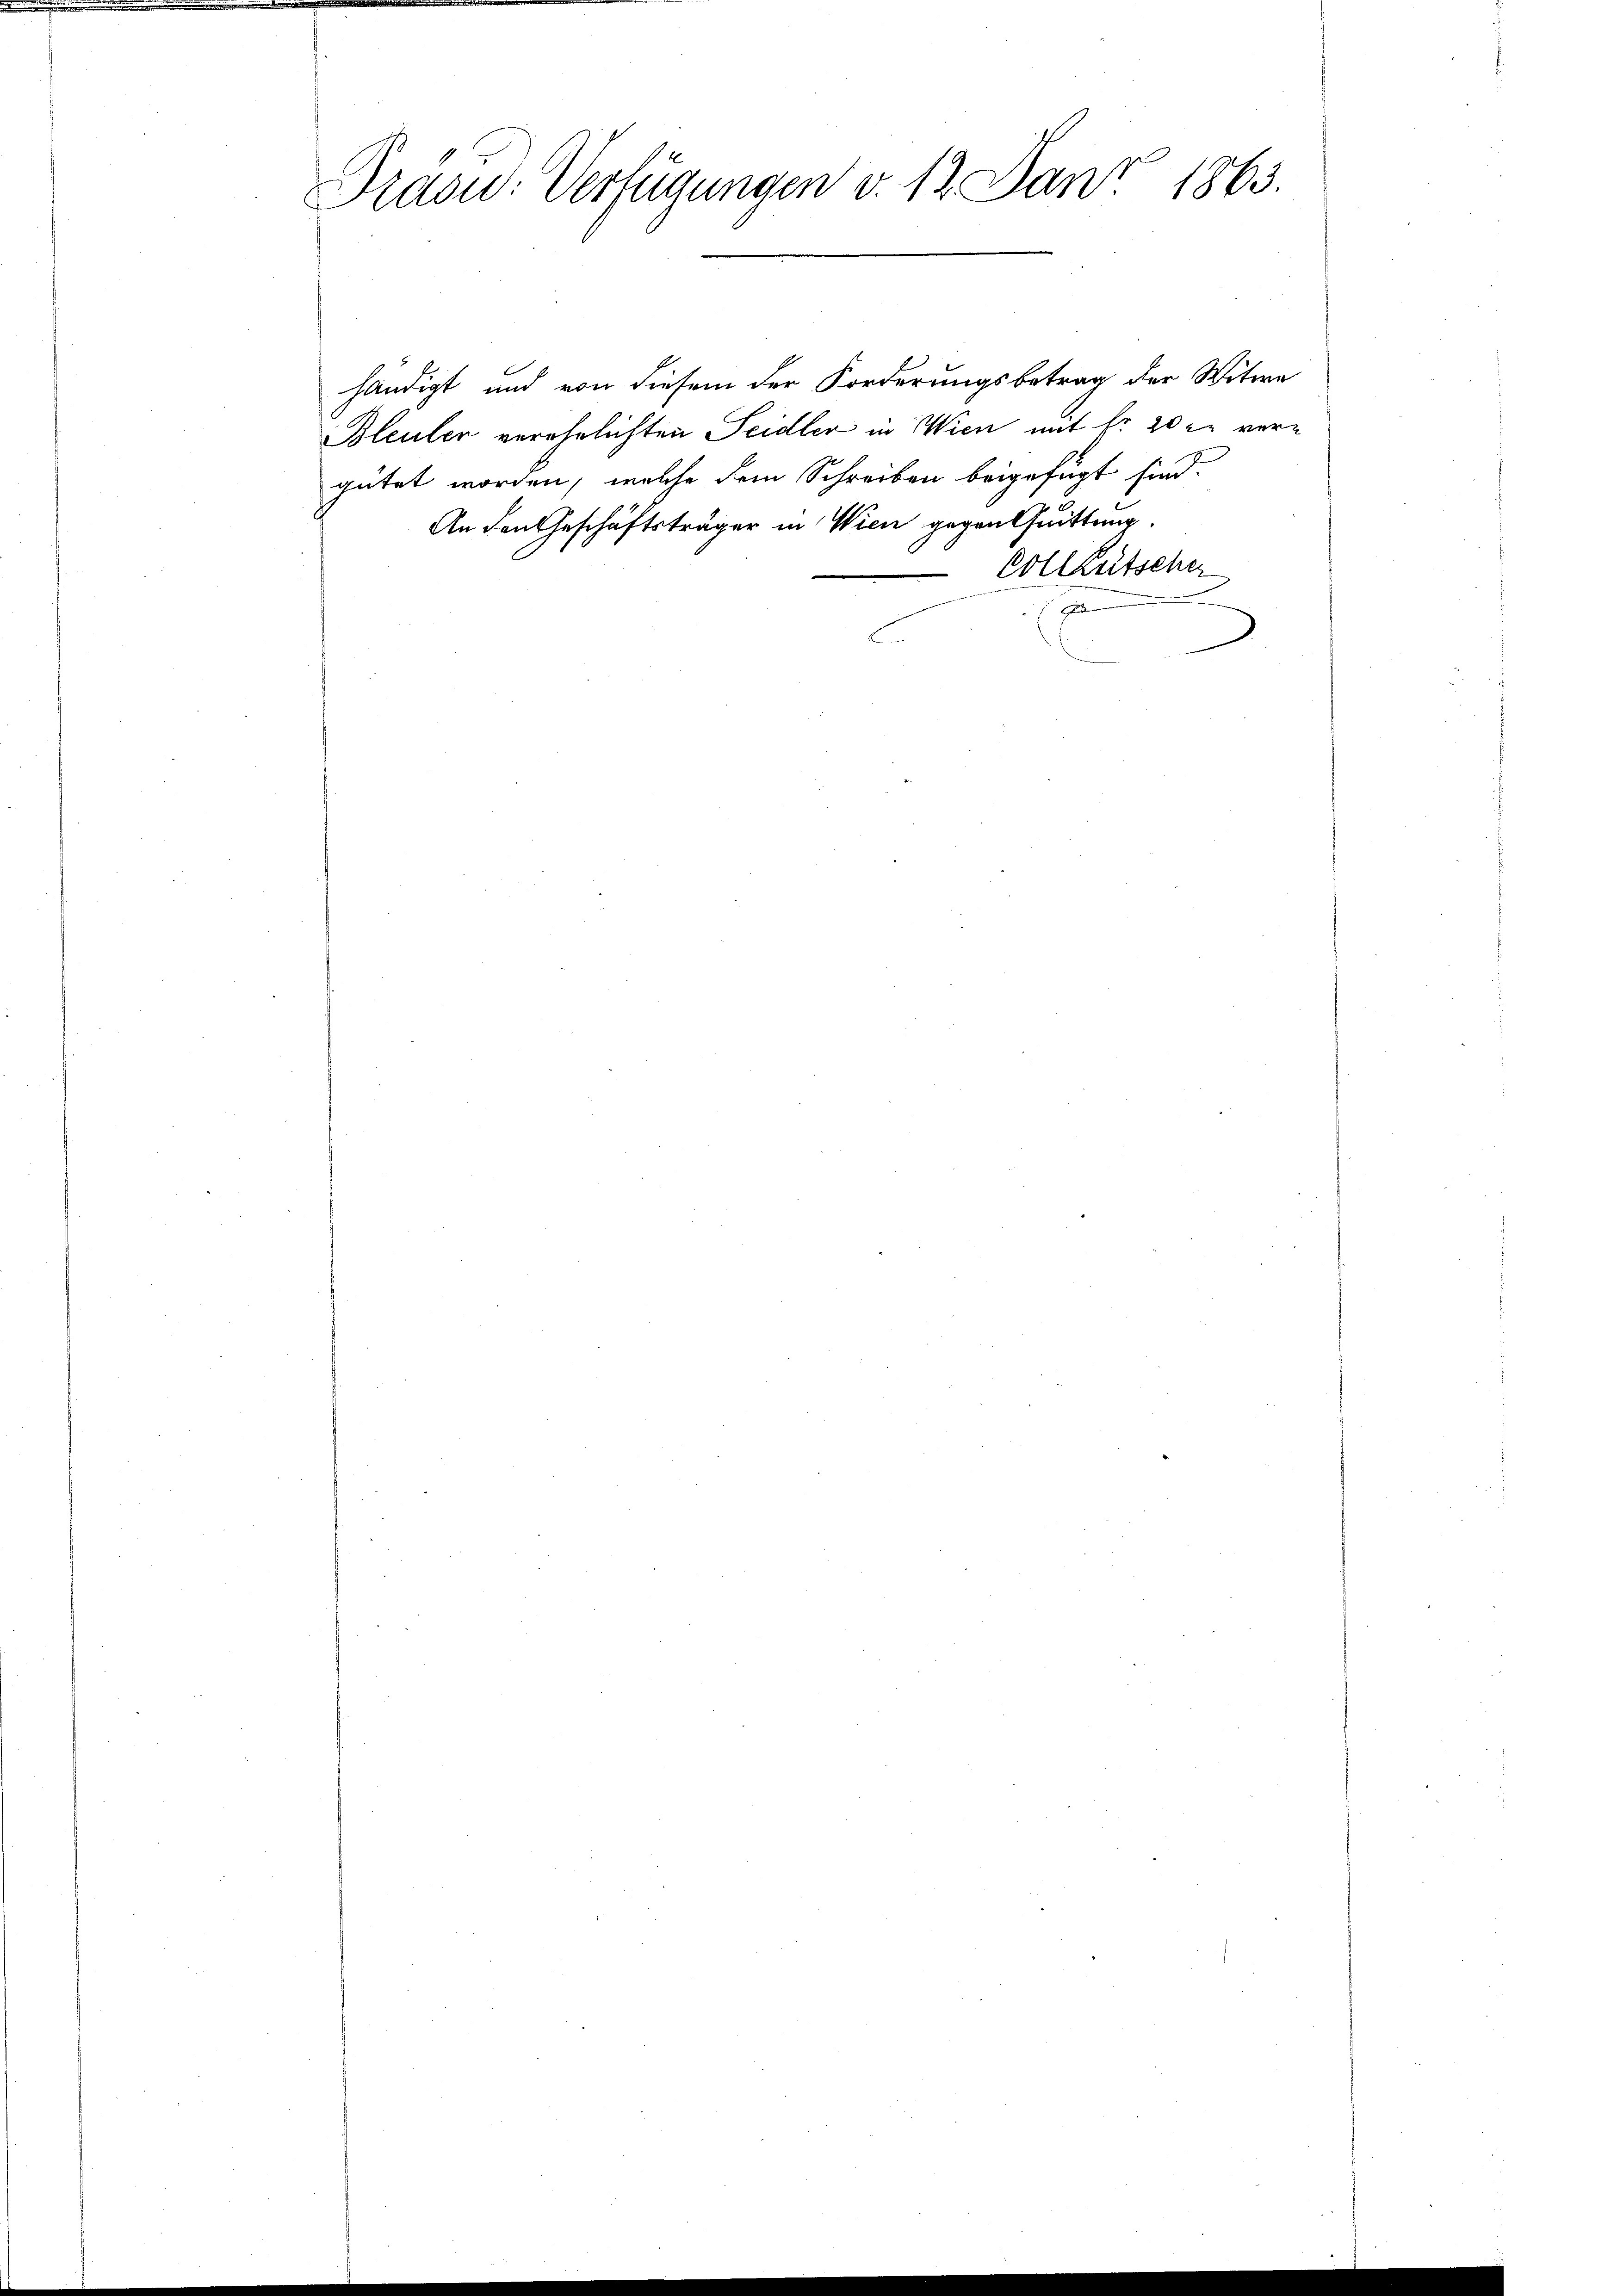
Präsu: Verfügungen v. 13. Janz 1863.

händigt und von diesem der Forderungsbetrag der Witwe
Bleuler verehelichten Seidler in Wien mit fr 20 xr vergütet worden, welche dem Schreiben beigefügt sind.
An den Geschäftsträger in Wien gegen Quittung
Vollzeitscher